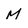
Character: M